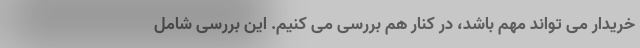
خریدار می تواند مهم باشد، در کنار هم بررسی می کنیم. این بررسی شامل